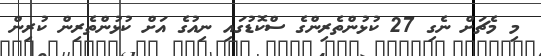
މި މެޗަށް ނެގި 27 ކުޅުންތެރިންގެ ސްކޮޑުގައި ނިއުގެ އަށް ކުޅުންތެރިން ކުރިން